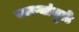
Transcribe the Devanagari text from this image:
स्वाऱ्यांमुळे